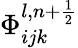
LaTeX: \Phi_{ijk}^{l,n+\frac{1}{2}}